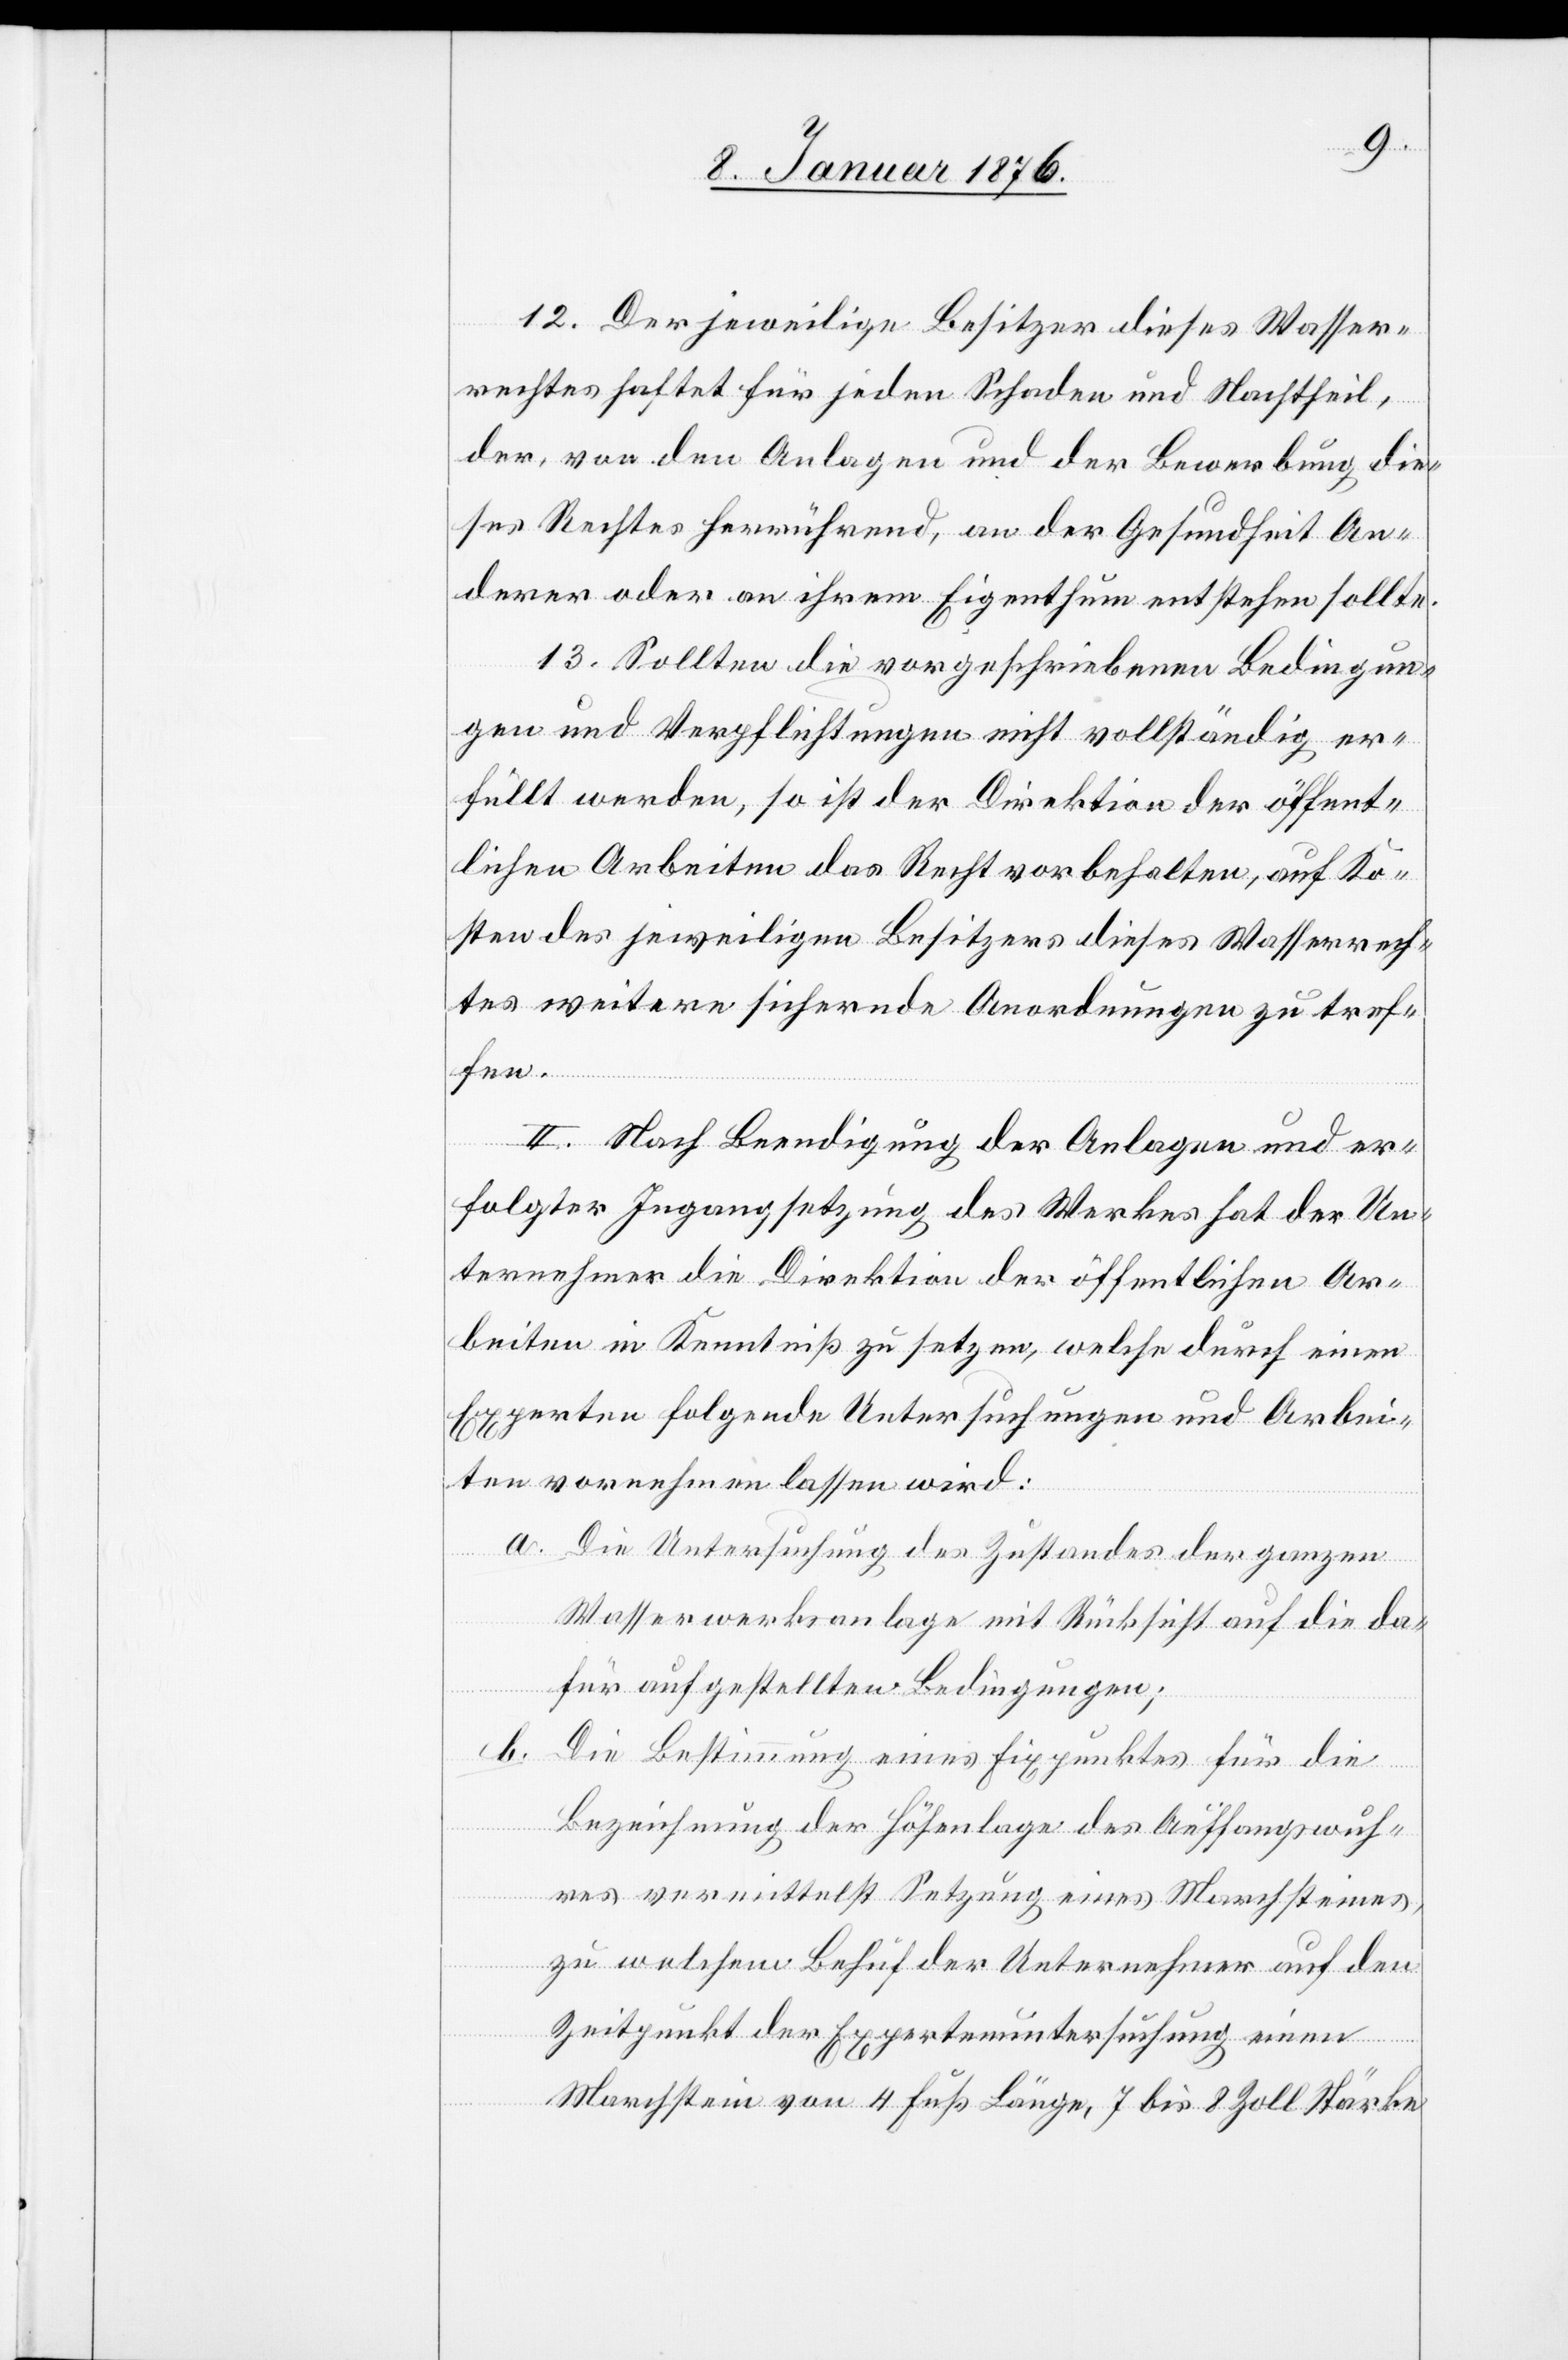
12. Der jeweilige Besitzer dieses Wasser¬
rechtes haftet für jeden Schaden und Nachtheil,
der, von den Anlagen und der Bewerbung die¬
ses Rechts herrührend, an der Gesundheit An¬
derer oder an ihrem Eigenthum entstehen sollte.
13. Sollten die vorgeschriebenen Bedingun¬
gen und Verpflichtungen nicht vollständig er¬
füllt werden, so ist der Direktion der öffent¬
lichen Arbeiten das Recht vorbehalten, auf Ko¬
sten des jeweiligen Besitzers dieses Wasserrech¬
tes weitere sichernde Anordnungen zu tref¬
fen.
II. Nach Beendigung der Anlagen und er¬
folgter Ingangsetzung des Werkes hat der Un¬
ternehmer die Direktion der öffentlichen Ar¬
beiten in Kenntniß zu setzen, welche durch einen
Experten folgende Untersuchungen und Arbei¬
ten vornehmen lassen wird:
a.
Die Untersuchung des Zustandes der ganzen
Wasserwerksanlage mit Rücksicht auf die da¬
für aufgestellten Bedingungen;
b.
Die Bestimmung eines Fixpunktes für die
Bezeichnung der Höhenlage des Auffangswuh¬
res vermittelst Setzung eines Marchsteines,
zu welchem Behuf der Unternehmer auf den
Zeitpunkt der Expertenuntersuchung einen
Marchstein von 4 Fuß Länge, 7 bis 8 Zoll Stärke